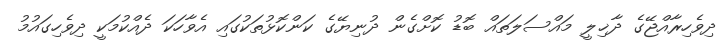
ދިވެހިރާއްޖޭގެ ދާޚިލީ މައްސަލަތައް ބޮޑު ކޮށްގެން ދުނިޔޭގެ ކަންކޮޅުތަކުގައި އެވާހަކަ ދެއްކުމަކީ ދިވެހިގައުމު